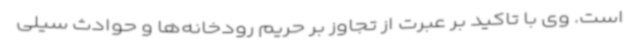
است. وی با تاکید بر عبرت از تجاوز بر حریم رودخانه‌ها و حوادث سیلی